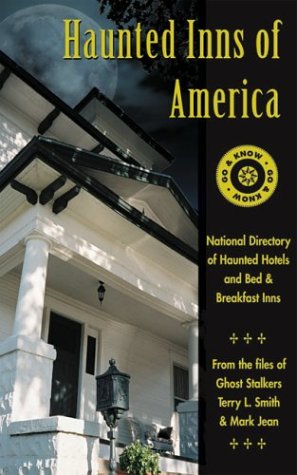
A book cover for Haunted Inns of America: Go and Know: National Directory of Haunted Hotels and Bed and Breakfast Inns; Terry L. Smith; Travel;